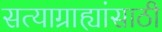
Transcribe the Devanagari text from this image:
सत्याग्राह्यांसाठी